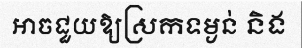
អាចជួយឱ្យស្រកទម្ងន់ និង